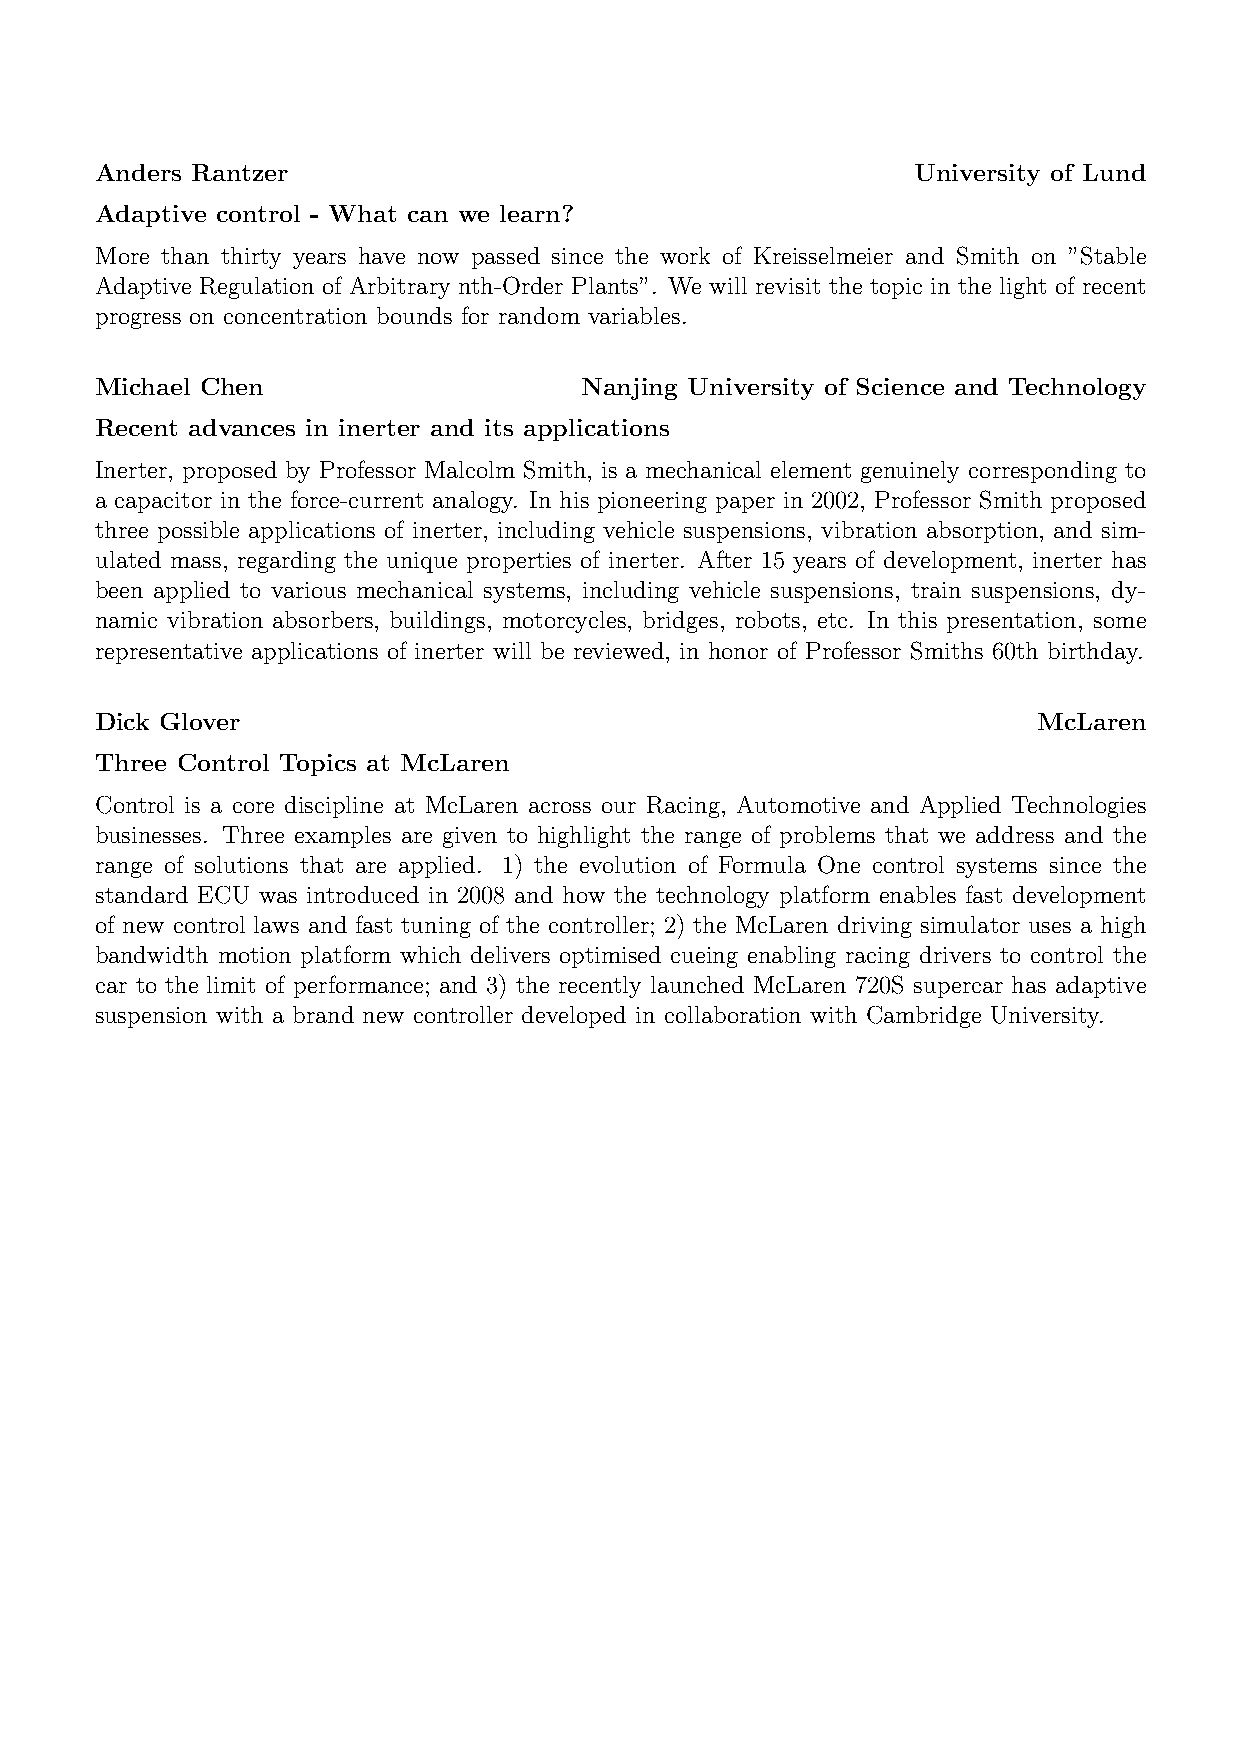
Anders Rantzer                                         University of Lund
 Adaptive control - What can we learn?
 More than thirty years have now passed since the work of Kreisselmeier and Smith on ”Stable
 Adaptive Regulation of Arbitrary nth-Order Plants”. We will revisit the topic in the light of recent
 progress on concentration bounds for random variables.
 Michael Chen                     Nanjing University of Science and Technology
 Recent advances in inerter and its applications
 Inerter, proposed by Professor Malcolm Smith, is a mechanical element genuinely corresponding to
 a capacitor in the force-current analogy. In his pioneering paper in 2002, Professor Smith proposed
 three possible applications of inerter, including vehicle suspensions, vibration absorption, and sim-
 ulated mass, regarding the unique properties of inerter. After 15 years of development, inerter has
 been applied to various mechanical systems, including vehicle suspensions, train suspensions, dy-
 namic vibration absorbers, buildings, motorcycles, bridges, robots, etc. In this presentation, some
 representative applications of inerter will be reviewed, in honor of Professor Smiths 60th birthday.
 Dick Glover                                                    McLaren
 Three Control Topics at McLaren
 Control is a core discipline at McLaren across our Racing, Automotive and Applied Technologies
 businesses. Three examples are given to highlight the range of problems that we address and the
 range of solutions that are applied. 1) the evolution of Formula One control systems since the
 standard ECU was introduced in 2008 and how the technology platform enables fast development
 of new control laws and fast tuning of the controller; 2) the McLaren driving simulator uses a high
 bandwidth motion platform which delivers optimised cueing enabling racing drivers to control the
 car to the limit of performance; and 3) the recently launched McLaren 720S supercar has adaptive
 suspension with a brand new controller developed in collaboration with Cambridge University.